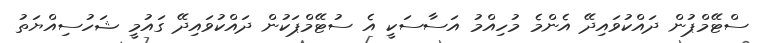
ސްޓޭމްޕުން ދައްކުވައިދޭ އެންމެ މުހިއްމު އަސާސަކީ އެ ސުޓޭމްޕަކުން ދައްކުވައިދޭ ގައުމީ ޝަހުސިއްޔަތު